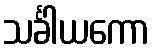
သင်္ခါယကော